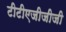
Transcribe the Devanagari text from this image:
टीटीएजीजीजी